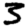
Digit: 3